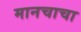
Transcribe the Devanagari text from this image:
मानचाचा